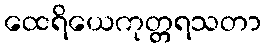
ထေရိယေကုတ္တရသတာ